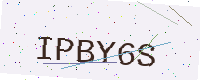
Text: IPBY6S